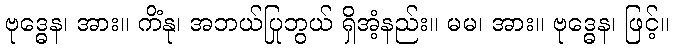
ဗုဒ္ဓေန၊ အား။ ကိံနု၊ အဘယ်ပြုဘွယ် ရှိအံ့နည်း။ မမ၊ အား။ ဗုဒ္ဓေန၊ ဖြင့်။